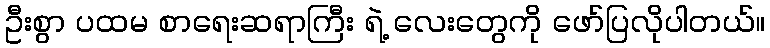
ဦးစွာ ပထမ စာရေးဆရာကြီး ရဲ့ လေးတွေကို ဖော်ပြလိုပါတယ်။